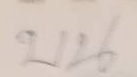
บน